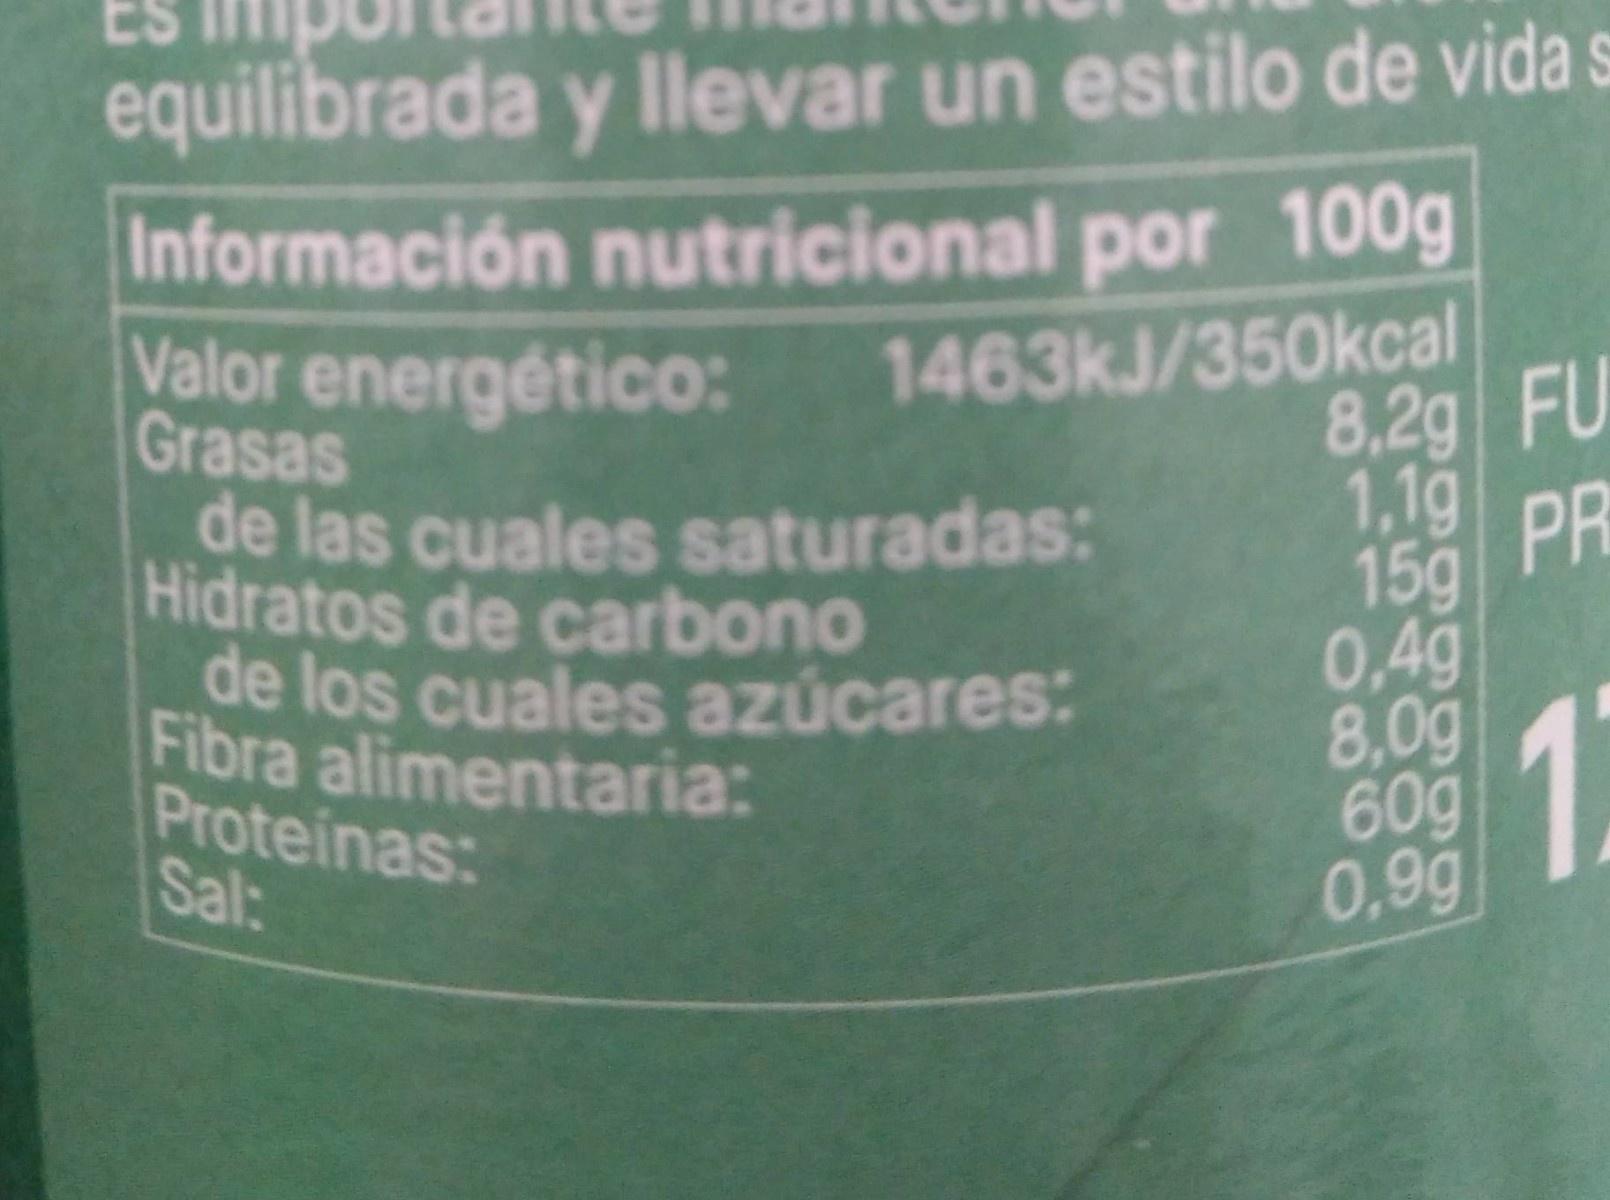
equilibrada y llevar un estilo de vida s Información nutricional por 100g
Valor energético: Grasas
1463KJ/350kcal 8,2g FU
1,1g PR 15g
de las cuales saturadas: Hidratos de carbono de los cuales azúcares: Fibra alimentaria: Proteinas: Sal:
0,4g 8,0g 60g 0,99
1